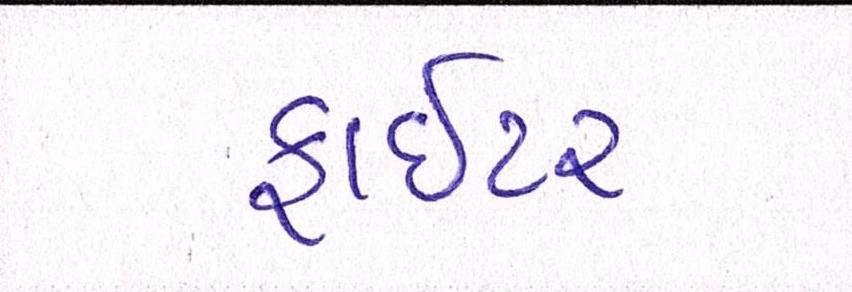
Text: ફાઈટર